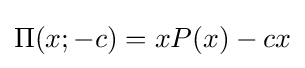
\Pi (x;-c)=xP(x)-cx